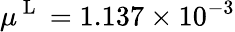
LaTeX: \mu^{\mathrm{~L~}}=1.137\times 10^{-3}